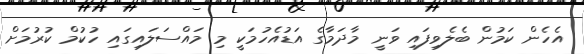
އެހެން ކަމުން ބެލެވިފައި ވަނީ މާދަމާގެ އަޑުއެހުމަކީ މި މައްސަލައިގައި ހުކުމް ކުރުމަށް